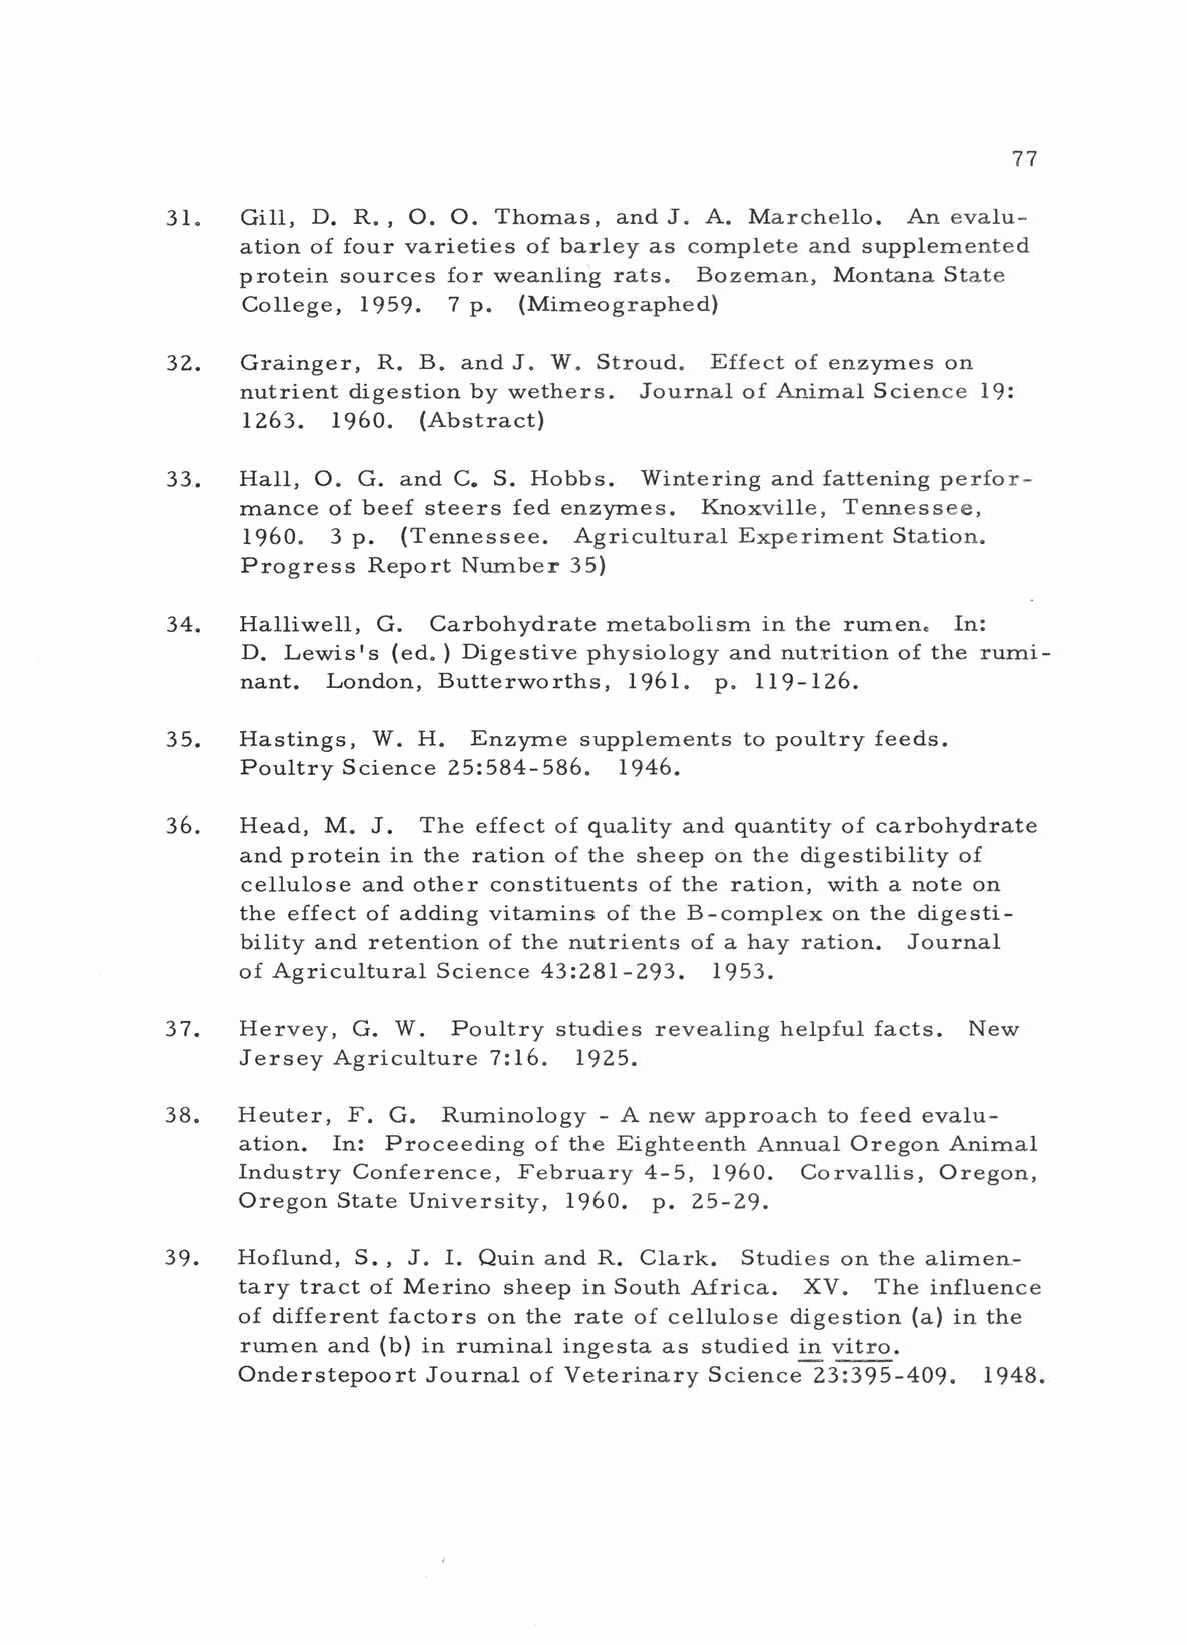
77
 31.  Gill, D. R. O. O. Thomas, and J. A. Marchello. An evalu-
 ,
 ation of four varieties of barley as complete and supplemented
 protein sources for weanling rats. Bozeman, Montana State
 College, 1959. p. (Mimeographed)
 7
 32.  Grainger, R. B. and J. W. Stroud. Effect of enzymes on
 nutrient digestion by wethers. Journal of Animal Science 19:
 1263. 1960. (Abstract)
 33.  Hall, O. G. and C. S. Hobbs. Wintering and fattening perfor-
 mance of beef steers fed enzymes. Knoxville, Tennessee,
 1960. 3 p. (Tennessee. Agricultural Experiment Station.
 Progress Report Number 35)
 34.  Halliwell, G. Carbohydrate metabolism in the rumen. In:
 D. Lewis's (ed.) Digestive physiology and nutrition of the rumi-
 nant. London, Butterworths, 1961. p. 119 -126.
 35.  Hastings, W. H. Enzyme supplements to poultry feeds.
 Poultry Science 25:584 -586. 1946.
 36.  Head, M. J. The effect of quality and quantity of carbohydrate
 and protein in the ration of the sheep on the digestibility of
 cellulose and other constituents of the ration, with a note on
 the effect of adding vitamins of the B- complex on the digesti-
 bility and retention of the nutrients of a hay ration. Journal
 of Agricultural Science 43:281 -293. 1953.
 37.  Hervey, G. W. Poultry studies revealing helpful facts. New
 Jersey Agriculture 7:16. 1925.
 38.  Heuter, F. G. Ruminology - A new approach to feed evalu-
 ation. In: Proceeding of the Eighteenth Annual Oregon Animal
 Industry Conference, February 4 -5, 1960. Corvallis, Oregon,
 Oregon State University, 1960. p. 25 -29.
 39.  Hoflund, S. J. I. Quin and R. Clark. Studies on the alimen-
 ,
 tary tract of Merino sheep in South Africa. XV. The influence
 of different factors on the rate of cellulose digestion (a) in the
 rumen and (b) in ruminal ingesta as studied in vitro.
 Onderstepoort Journal of Veterinary Science 23:395 -409. 1948.